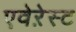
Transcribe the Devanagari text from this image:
एवेऱेस्ट